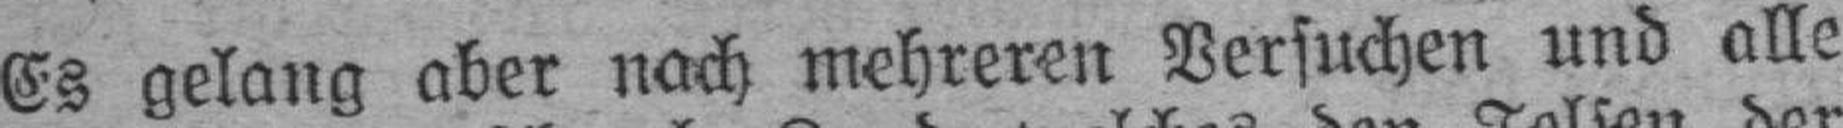
Es gelang aber nach mehreren Versuchen und alle